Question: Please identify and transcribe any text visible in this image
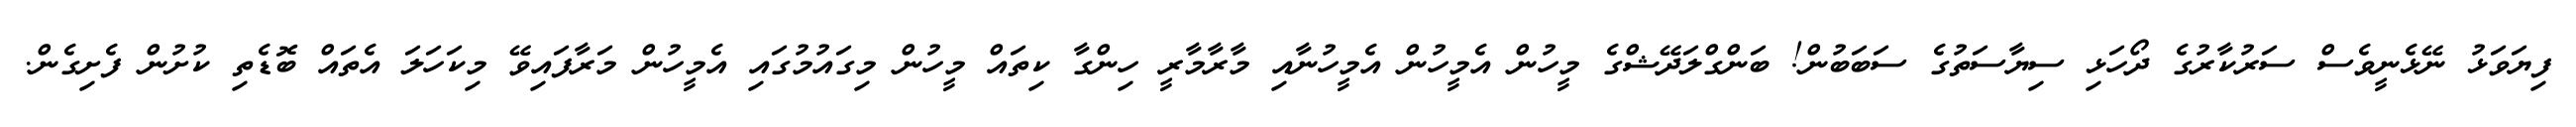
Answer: ފިޔަވަޅު ނޭޅެނީވެސް ސަރުކާރުގެ ދޯހަޅި ސިޔާސަތުގެ ސަބަބުން! ބަންގްލަދޭޝްގެ މީހުން އެމީހުން އެމީހުނާއި މާރާމާރީ ހިންގާ ކިތައް މީހުން މިގައުމުގައި އެމީހުން މަރާފައިވޭ މިކަހަލަ އެތައް ބޮޑެތި ކުށުން ފެށިގެން.